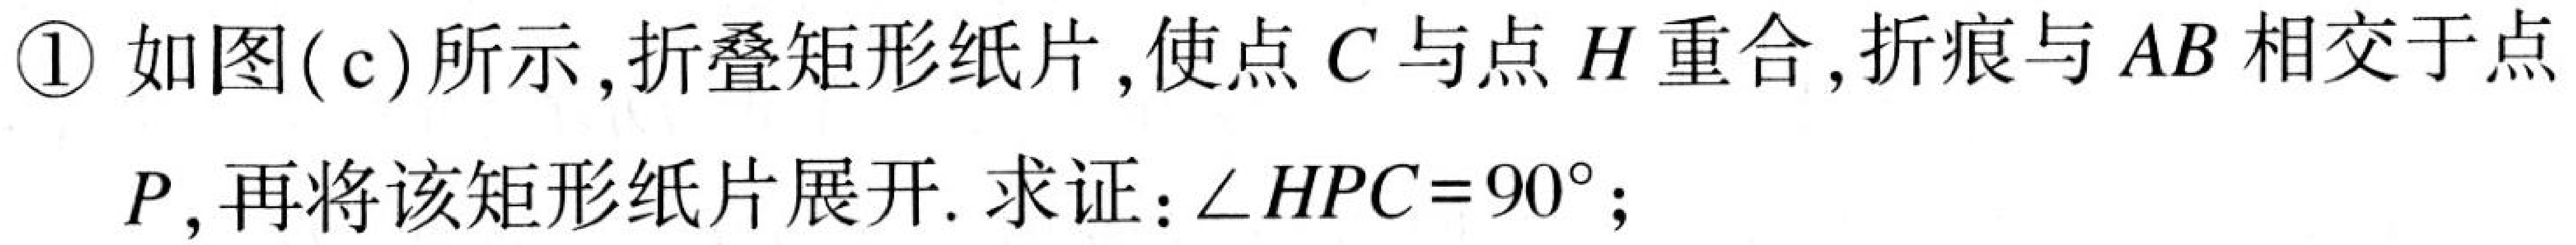
\textcircled{1} 如图(c)所示,折叠矩形纸片,使点$C$与点$H$重合,折痕与$AB$相交于点$P$,再将该矩形纸片展开. 求证：$\angle HPC = 90^{\circ}$;